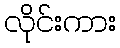
လိုင်းကား